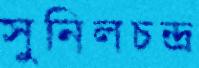
সুনিলচন্দ্র